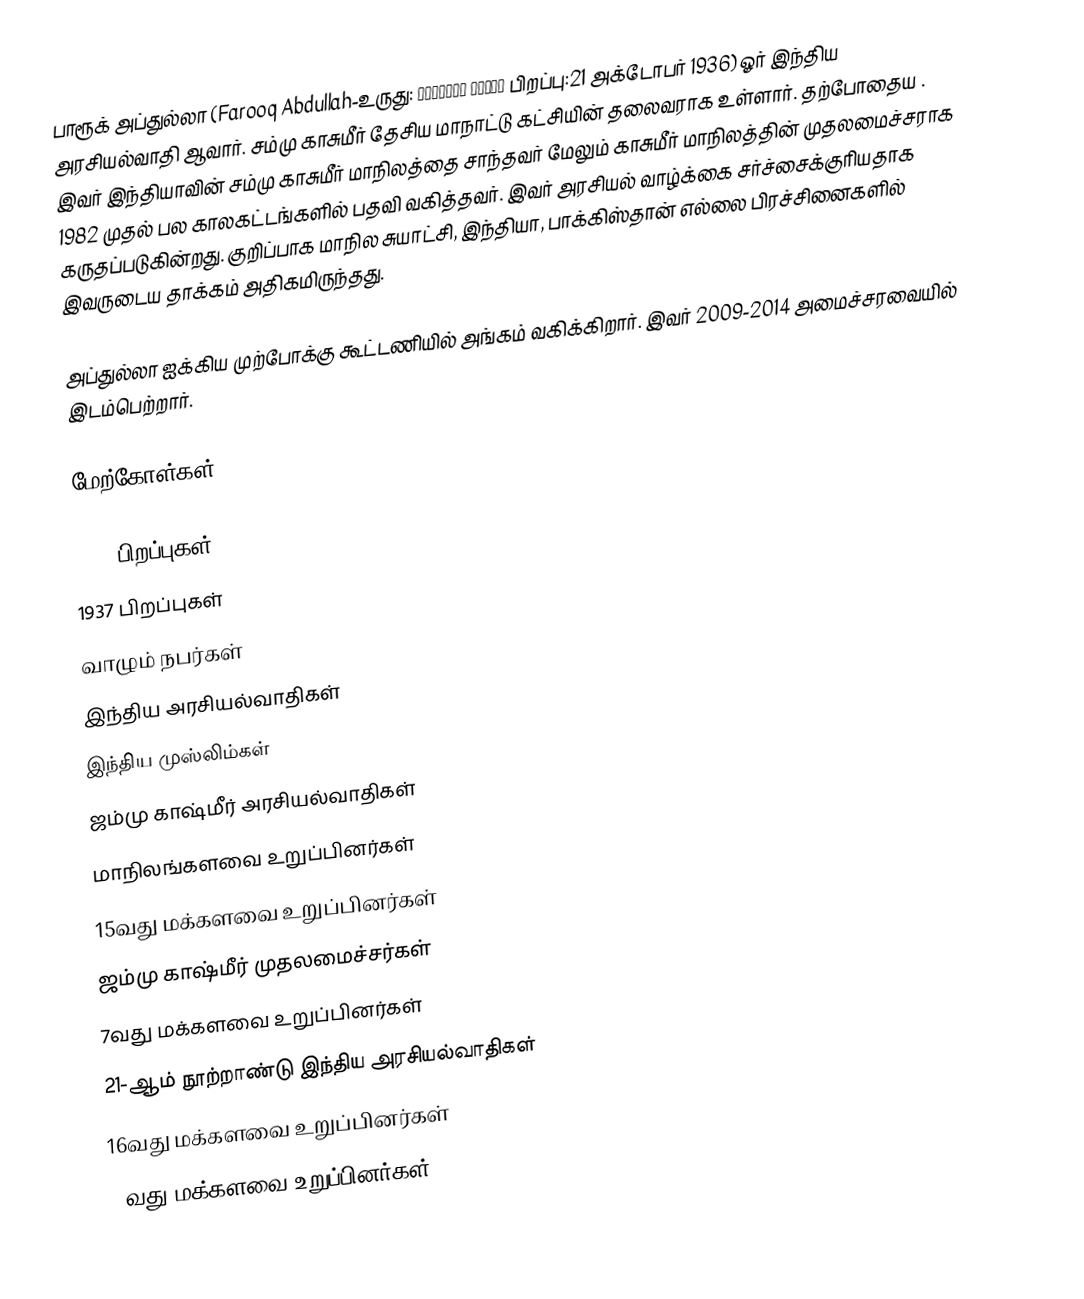
பாரூக் அப்துல்லா (Farooq Abdullah-உருது: فاروق عبدالله பிறப்பு:21 அக்டோபர் 1936)  ஓர் இந்திய அரசியல்வாதி ஆவார். சம்மு  காசுமீர் தேசிய மாநாட்டு கட்சியின் தலைவராக உள்ளார். தற்போதைய . இவர் இந்தியாவின் சம்மு காசுமீர் மாநிலத்தை சாந்தவர்  மேலும்  காசுமீர் மாநிலத்தின் முதலமைச்சராக 1982 முதல் பல காலகட்டங்களில் பதவி வகித்தவர். இவர் அரசியல் வாழ்க்கை சர்ச்சைக்குரியதாக கருதப்படுகின்றது. குறிப்பாக மாநில சுயாட்சி,  இந்தியா,  பாக்கிஸ்தான் எல்லை பிரச்சினைகளில் இவருடைய தாக்கம் அதிகமிருந்தது.

அப்துல்லா ஐக்கிய முற்போக்கு கூட்டணியில் அங்கம் வகிக்கிறார். இவர் 2009-2014 அமைச்சரவையில் இடம்பெற்றார்.

மேற்கோள்கள்

1936 பிறப்புகள்
1937 பிறப்புகள்
வாழும் நபர்கள்
இந்திய அரசியல்வாதிகள்
இந்திய முஸ்லிம்கள்
ஜம்மு காஷ்மீர் அரசியல்வாதிகள்
மாநிலங்களவை உறுப்பினர்கள்
15வது மக்களவை உறுப்பினர்கள்
ஜம்மு காஷ்மீர் முதலமைச்சர்கள்
7வது மக்களவை உறுப்பினர்கள்
21-ஆம் நூற்றாண்டு இந்திய அரசியல்வாதிகள்
16வது மக்களவை உறுப்பினர்கள்
17வது மக்களவை உறுப்பினர்கள்